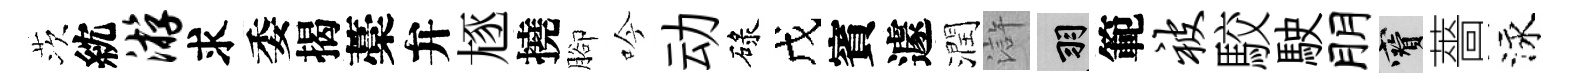
茨紞游求委揭藁弁豗撓腳吟动碌戊賓遽潤滸羽範被駮駛朋寶薔泳